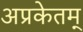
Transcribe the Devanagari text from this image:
अप्रकेतम्